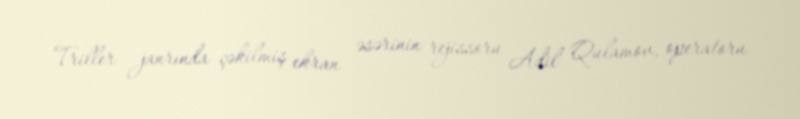
Triller janrında çəkilmiş ekran əsərinin rejissoru Adil Qulamov, operatoru